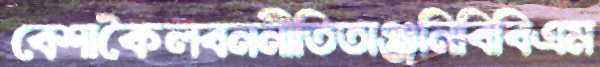
বেশাকৈলবননীতিঅঞ্জনিবিবিএম